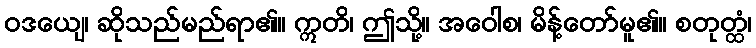
ဝဒယျေ၊ ဆိုသည်မည်ရာ၏။ ဣတိ၊ ဤသို့။ အဝေါစ၊ မိန့်တော်မူ၏။ စတုတ္ထံ၊